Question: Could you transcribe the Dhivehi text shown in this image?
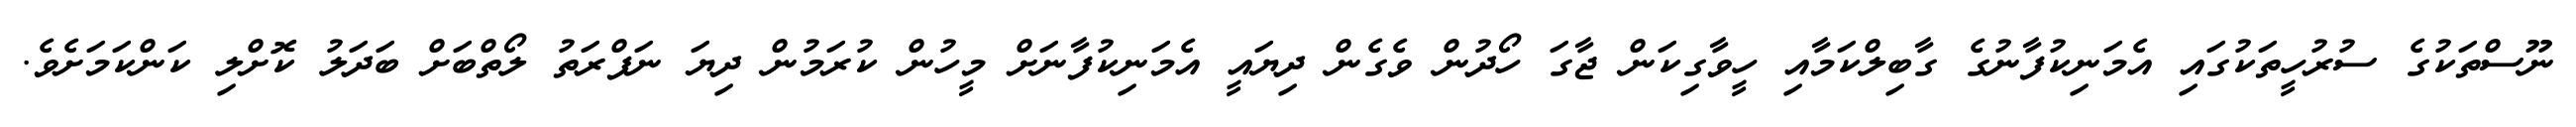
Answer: ނޫސްތަކުގެ ސުރުހީތަކުގައި އެމަނިކުފާނުގެ ގާބިލްކަމާއި ހީވާގިކަން ޖާގަ ހޯދުން ވެގެން ދިޔައީ އެމަނިކުފާނަށް މީހުން ކުރަމުން ދިޔަ ނަފްރަތު ލޯތްބަށް ބަދަލު ކޮށްލި ކަންކަމަށެވެ.